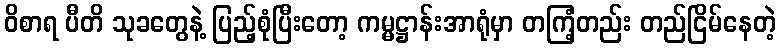
ဝိစာရ ပီတိ သုခတွေနဲ့ ပြည့်စုံပြီးတော့ ကမ္မဋ္ဌာန်းအာရုံမှာ တကြံ့တည်း တည်ငြိမ်နေတဲ့